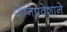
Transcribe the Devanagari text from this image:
योनिप्रवेशाने